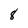
Character: 8